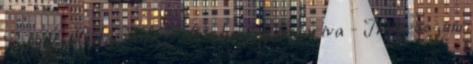
Ripost Media Kft. - Minden jog fentartva - Impresszum